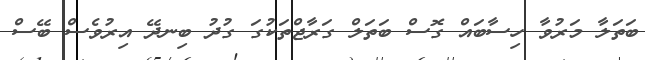
ބަތަލާ މަރުވާ ހިސާބަައް ގޮސް ބަތަލް ގަރާޖްތަކުގަ ގުދު ބިނދޭ އިރުވެސް ބޭސް